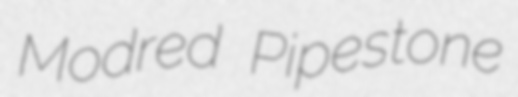
Modred Pipestone